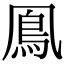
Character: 鳯